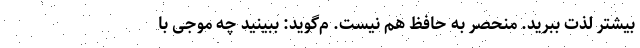
بیشتر لذت ببرید. منحصر به حافظ هم نیست. م‌گوید: ببینید چه موجی با